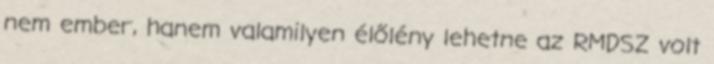
nem ember, hanem valamilyen élőlény lehetne az RMDSZ volt